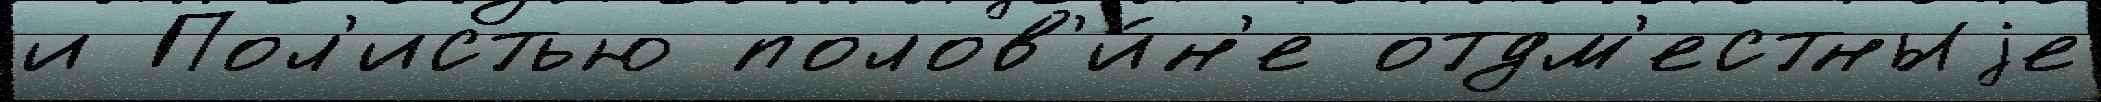
и Пол'истью полов'и́н'е отдм'естныjе